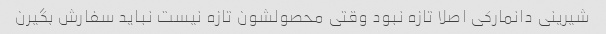
شیرینی دانمارکی اصلا تازه نبود وقتی محصولشون تازه نیست نباید سفارش بگیرن